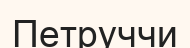
Петруччи